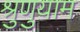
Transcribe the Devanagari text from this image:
श्रुणुयाम